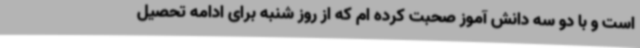
است و با دو سه دانش آموز صحبت کرده ام که از روز شنبه برای ادامه تحصیل